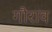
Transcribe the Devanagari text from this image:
गौराव